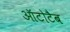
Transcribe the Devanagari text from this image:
ऑटोटैब